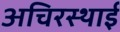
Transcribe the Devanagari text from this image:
अचिरस्थाई